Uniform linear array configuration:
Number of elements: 24
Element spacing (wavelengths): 1
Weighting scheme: blackman
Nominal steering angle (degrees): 0
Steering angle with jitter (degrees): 0.3819
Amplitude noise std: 0.05
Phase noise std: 0.05

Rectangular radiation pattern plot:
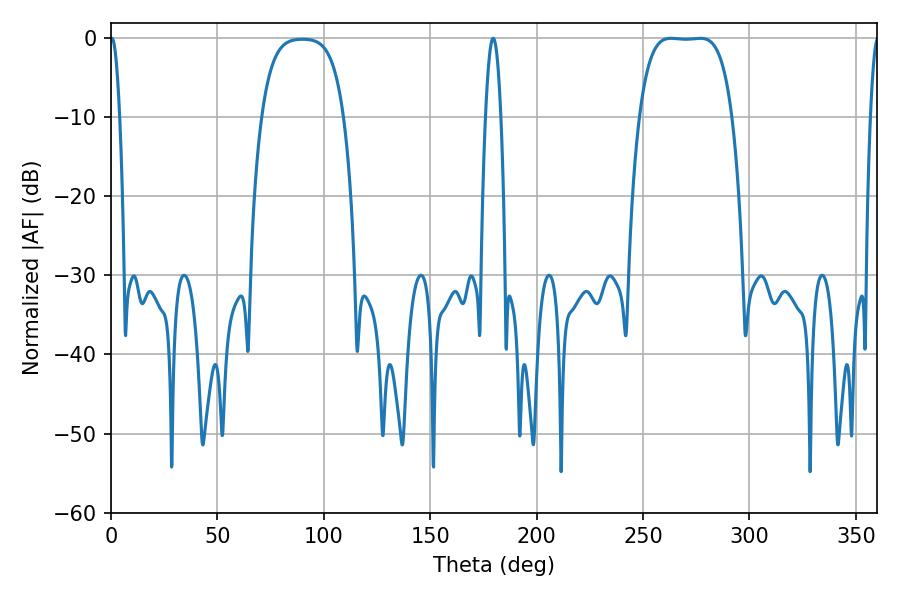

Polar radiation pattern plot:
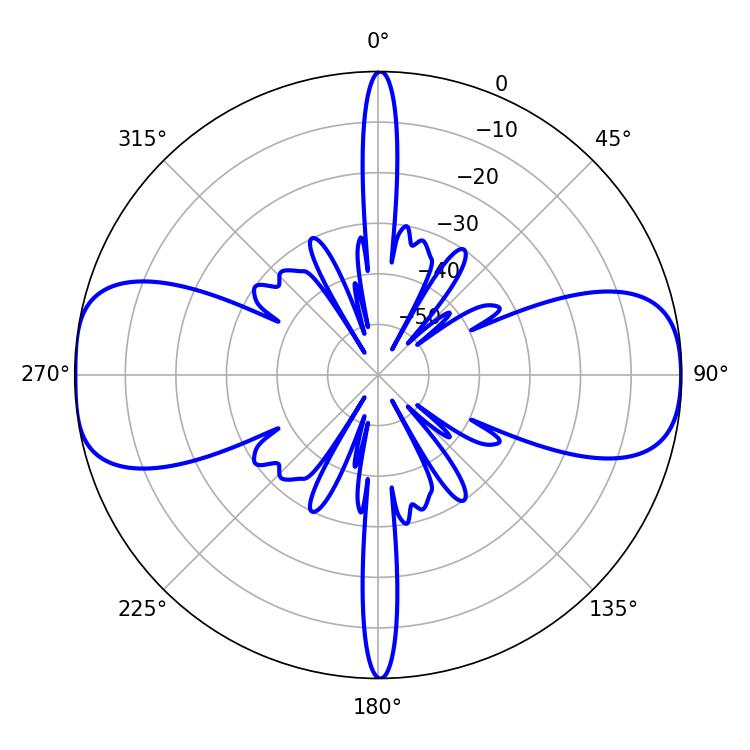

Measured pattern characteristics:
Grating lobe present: TRUE
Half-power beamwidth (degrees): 33.48
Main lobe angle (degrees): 263.16